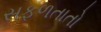
સફળતાતો